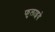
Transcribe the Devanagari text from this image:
फुलाइये